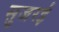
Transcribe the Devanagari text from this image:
सुजरई